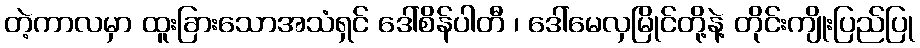
တဲ့ကာလမှာ ထူးခြားသောအသံရှင် ဒေါ်စိန်ပါတီ ၊ ဒေါ်မေလှမြိုင်တို့နဲ့ တိုင်းကျိုးပြည်ပြု